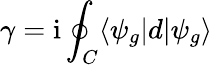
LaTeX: \gamma=\mathrm{i}\oint_{C}\langle\psi_{g}|d|{\psi}_{g}\rangle